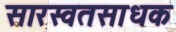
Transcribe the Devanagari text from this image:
सारस्वतसाधक